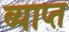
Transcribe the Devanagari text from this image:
ब्याप्त